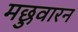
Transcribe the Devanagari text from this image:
मछुवारन